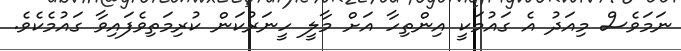
ނަމަވެސް މިއަދު އެ ގައުމަކީ އިންތިހާ އަށް މާލީ ހީނަރުކަން ކުރިމަތިވެފައިވާ ގައުމެކެވެ.